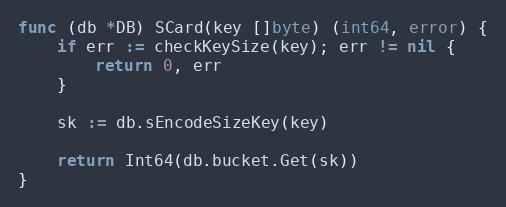
Language: Go
func (db *DB) SCard(key []byte) (int64, error) {
	if err := checkKeySize(key); err != nil {
		return 0, err
	}

	sk := db.sEncodeSizeKey(key)

	return Int64(db.bucket.Get(sk))
}